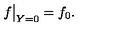
f { \bigr | } _ { Y = 0 } = f _ { 0 } .